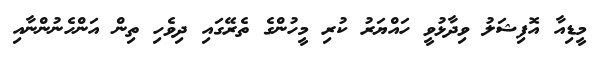
މީޑިއާ އޮފިޝަލު ވިދާޅުވީ ހައްޔަރު ކުރި މީހުންގެ ތެރޭގައި ދިވެހި ތިން އަންހެނުންނާއި